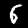
Digit: 6